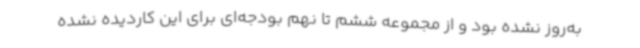
به‌روز نشده بود و از مجموعه ششم تا نهم بودجه‌ای برای این کاردیده نشده